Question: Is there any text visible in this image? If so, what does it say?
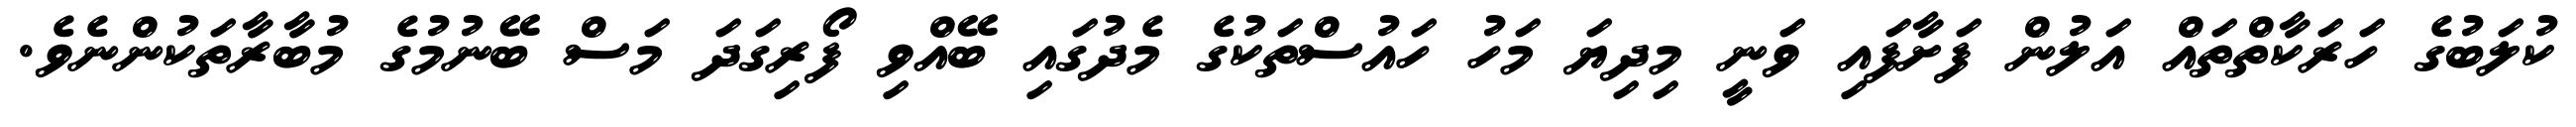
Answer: ކުލަބުގެ ހަރަކާތްތައް އަލުން ފަށާފައި ވަނީ މިދިޔަ މަހު ހައުސްތަކުގެ މެދުގައި ބޭއްވި ފޯރިގަދަ މަސް ބޭނުމުގެ މުބާރާތަކުންނެވެ.